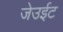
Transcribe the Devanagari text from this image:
जेउईट